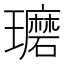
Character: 𰢘